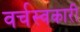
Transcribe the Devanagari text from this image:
वर्चस्वकारी